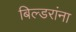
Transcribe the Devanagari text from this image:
बिल्डरांना